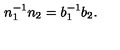
n _ { 1 } ^ { - 1 } n _ { 2 } = b _ { 1 } ^ { - 1 } b _ { 2 } .